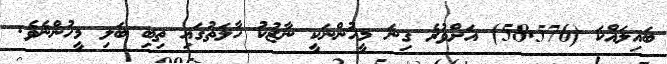
ބައިލައްކަ (58